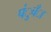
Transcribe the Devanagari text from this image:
पंुचँा